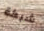
شبكة